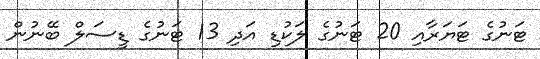
ޓަނުގެ ޓަޔަރާއި 20 ޓަނުގެ ލަކުޑި އަދި 13 ޓަނުގެ ޑީސަލް ބޭނުން